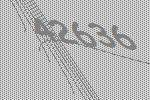
42636